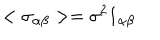
< \sigma _ { \alpha \beta } > = \sigma ^ { 2 } 1 _ { \alpha \beta }